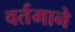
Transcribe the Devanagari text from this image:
वर्तमाने